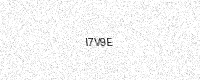
Text: I7V9E